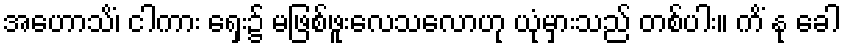
အဟောသိံ၊ ငါကား ရှေး၌ မဖြစ်ဖူးလေသလောဟု ယုံမှားသည် တစ်ပါး။ ကိံ နု ခေါ